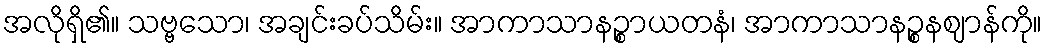
အလိုရှိ၏။ သဗ္ဗသော၊ အချင်းခပ်သိမ်း။ အာကာသာနဉ္စာယတနံ၊ အာကာသာနဉ္စနဈာန်ကို။